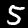
Label: 5